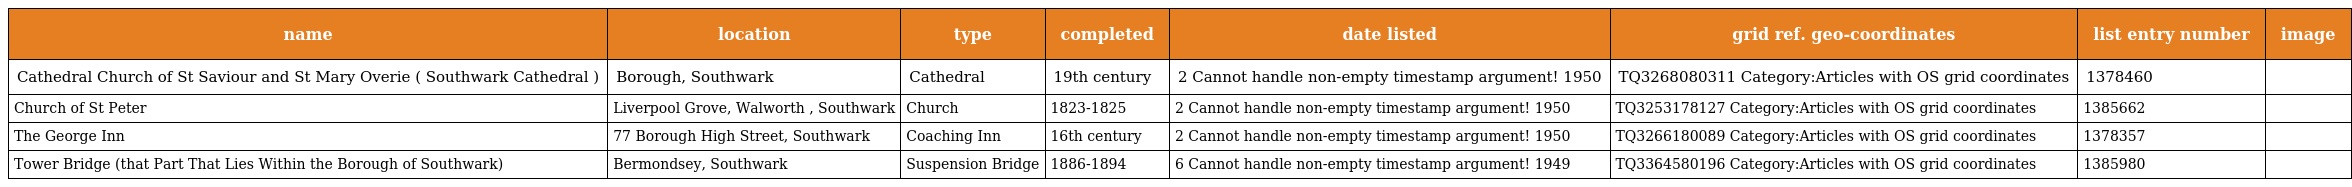
| name | location | type | completed | date listed | grid ref. geo-coordinates | list entry number | image |
 | --- | --- | --- | --- | --- | --- | --- | --- |
 | Cathedral Church of St Saviour and St Mary Overie ( Southwark Cathedral ) | Borough, Southwark | Cathedral | 19th century | 2 Cannot handle non-empty timestamp argument! 1950 | TQ3268080311 Category:Articles with OS grid coordinates | 1378460 |  |
 | Church of St Peter | Liverpool Grove, Walworth , Southwark | Church | 1823-1825 | 2 Cannot handle non-empty timestamp argument! 1950 | TQ3253178127 Category:Articles with OS grid coordinates | 1385662 |  |
 | The George Inn | 77 Borough High Street, Southwark | Coaching Inn | 16th century | 2 Cannot handle non-empty timestamp argument! 1950 | TQ3266180089 Category:Articles with OS grid coordinates | 1378357 |  |
 | Tower Bridge (that Part That Lies Within the Borough of Southwark) | Bermondsey, Southwark | Suspension Bridge | 1886-1894 | 6 Cannot handle non-empty timestamp argument! 1949 | TQ3364580196 Category:Articles with OS grid coordinates | 1385980 |  |